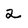
Character: 2